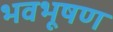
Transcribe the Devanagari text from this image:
भवभूषण